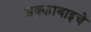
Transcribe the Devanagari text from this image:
अक्काबाइचे